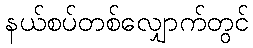
နယ်စပ်တစ်လျှောက်တွင်